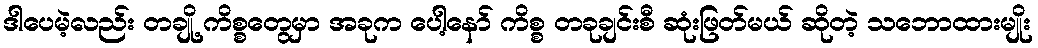
ဒါပေမဲ့လည်း တချို့ ကိစ္စတွေမှာ အခုက ပေါ့နော် ကိစ္စ တခုချင်းစီ ဆုံးဖြတ်မယ် ဆိုတဲ့ သဘောထားမျိုး